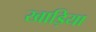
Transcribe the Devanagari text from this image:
खाड़िया